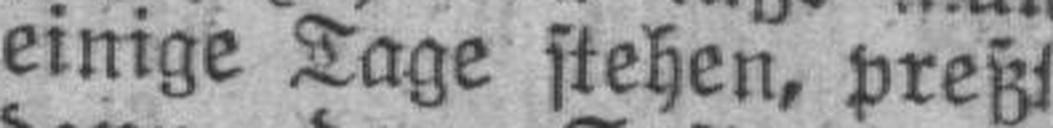
einige Tage stehen, preßt